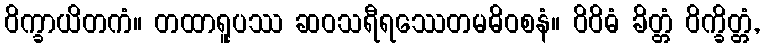
ဝိက္ခာယိတကံ။ တထာရူပဿ ဆဝသရီရဿေတမဓိဝစနံ။ ဝိဝိဓံ ခိတ္တံ ဝိက္ခိတ္တံ,